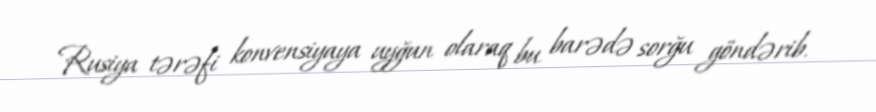
Rusiya tərəfi konvensiyaya uyğun olaraq bu barədə sorğu göndərib.